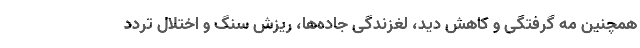
همچنین مه گرفتگی و کاهش دید، لغزندگی جاده‌ها، ریزش سنگ و اختلال تردد